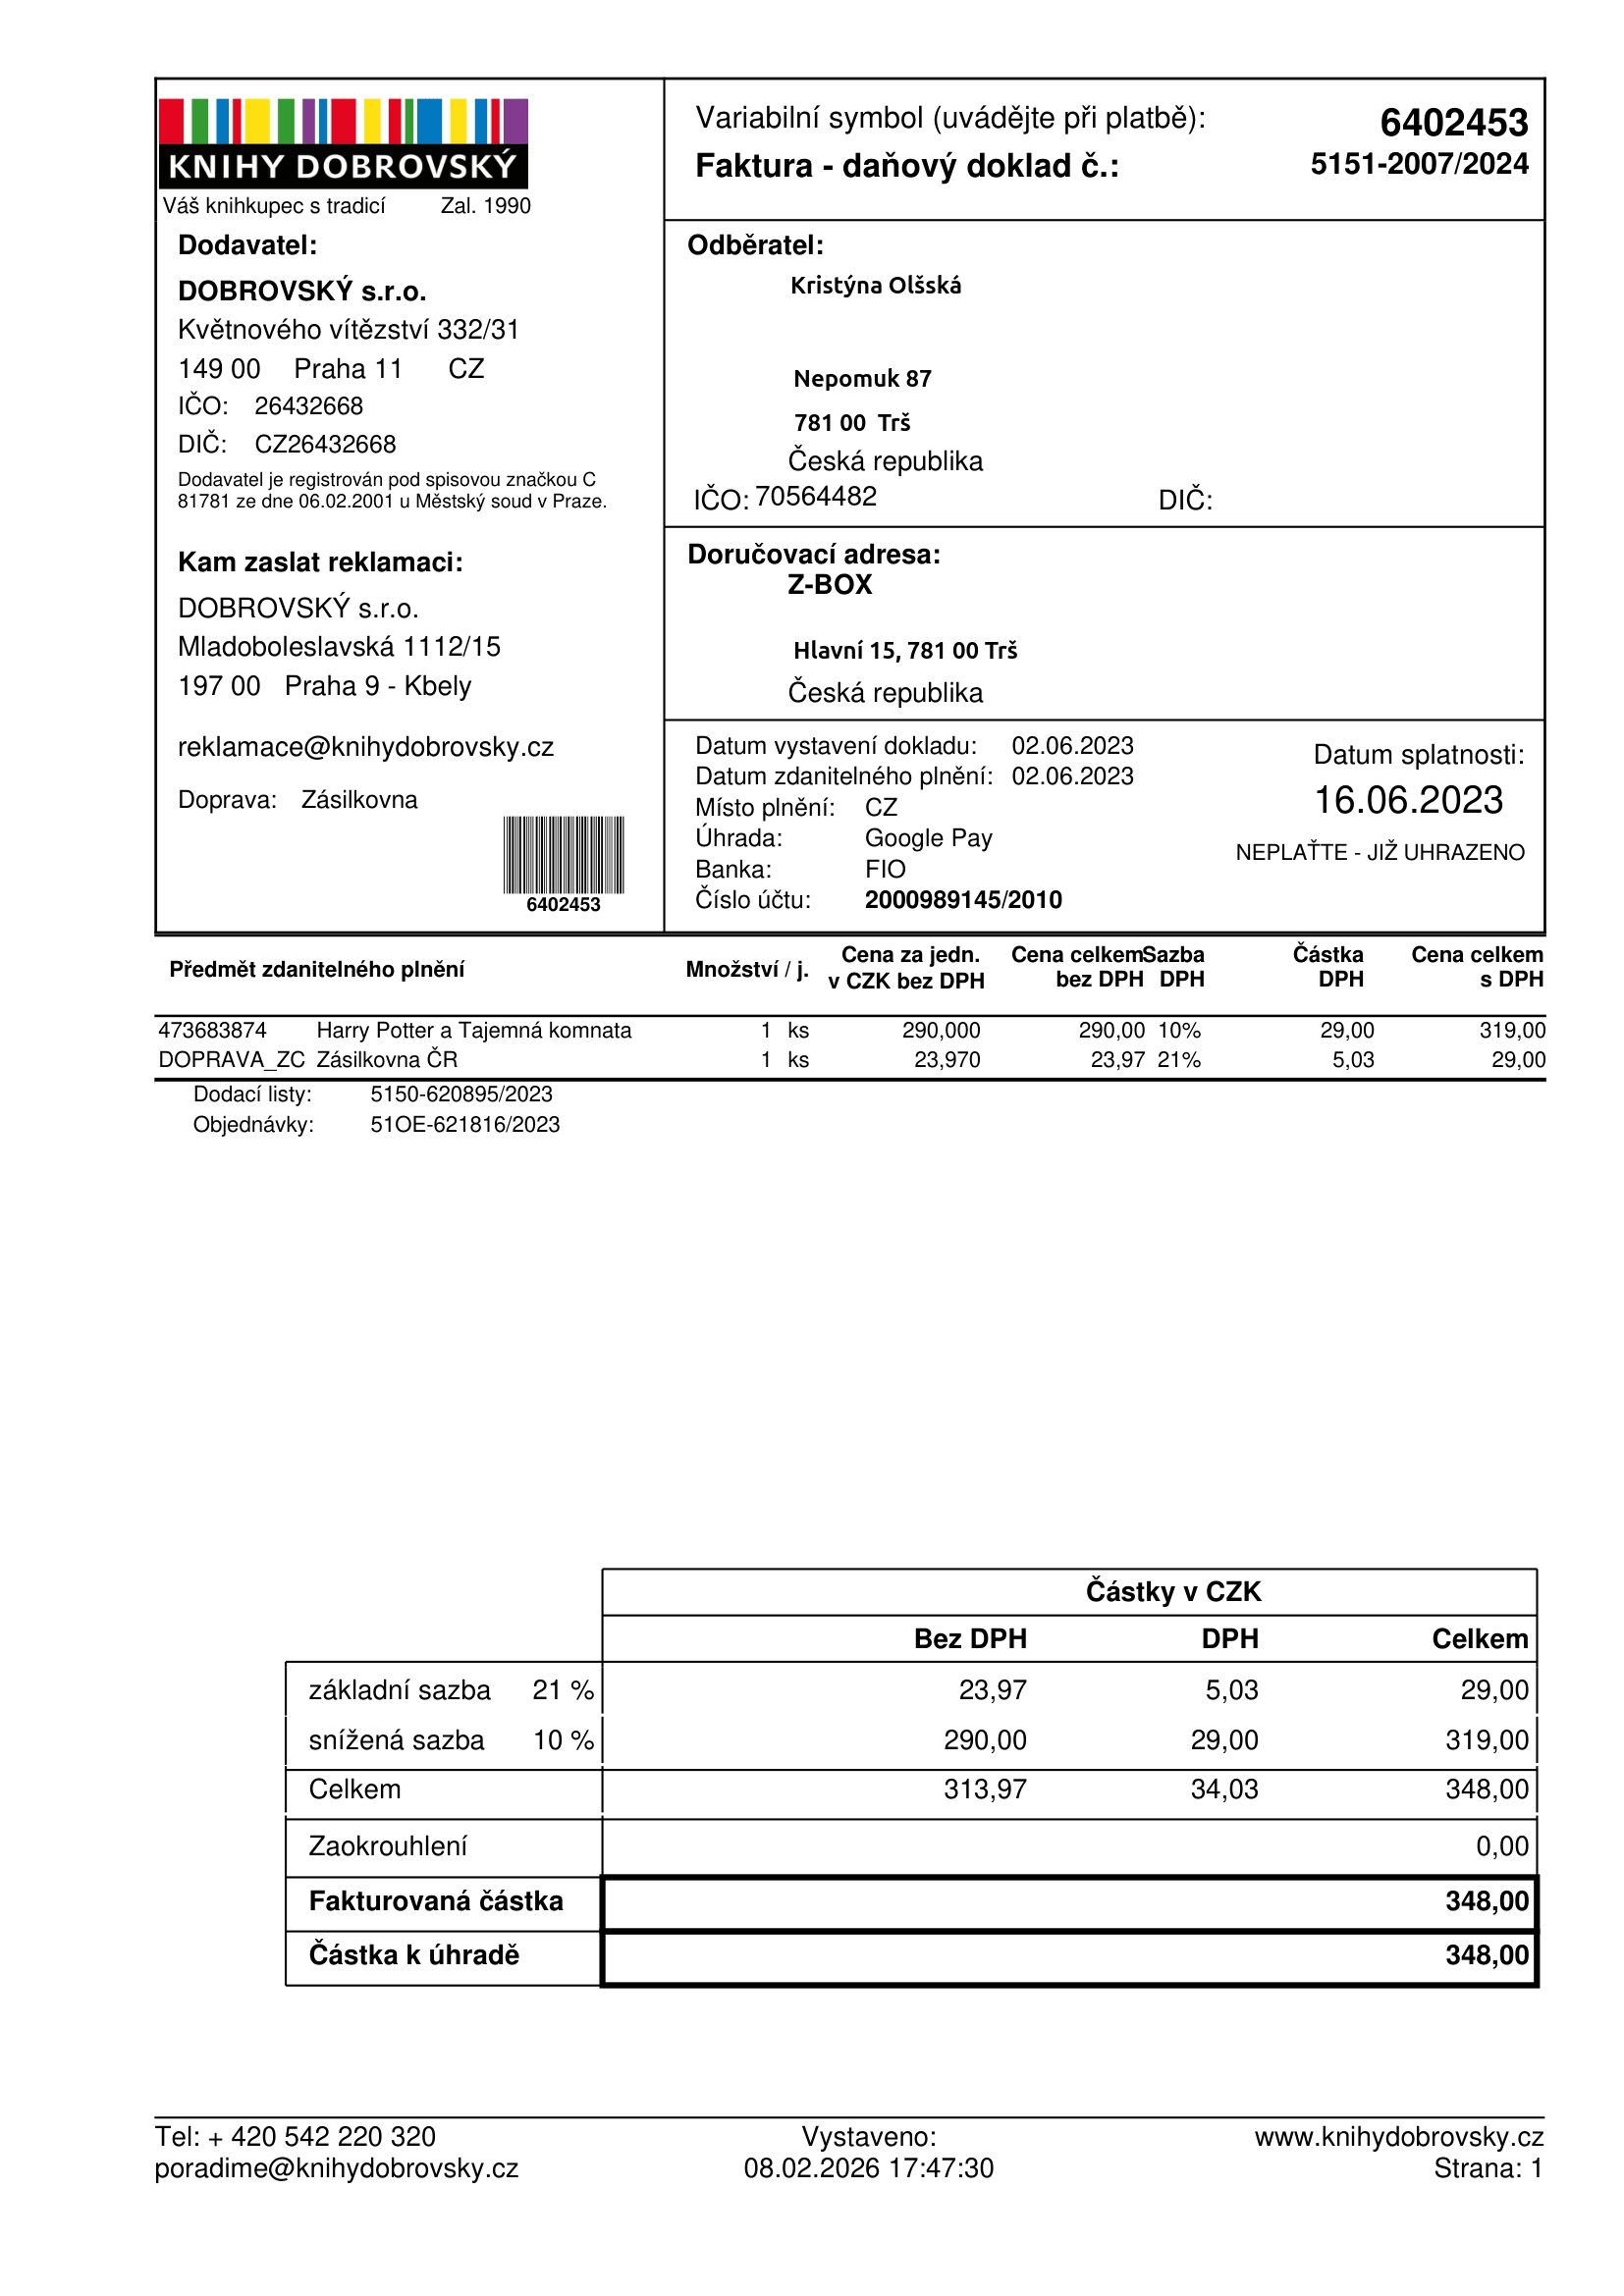
invoice_number: 5151-2007/2024
supp_register_id: 26432668
supp_tax_id: CZ26432668
cust_register_id: 70564482
issue_date: 02.06.2023
taxable_supply_date: 02.06.2023
due_date: 16.06.2023
payment_type: Google Pay
bank_account_number: 2000989145/2010
variable_symbol: 6402453
total: 348,00